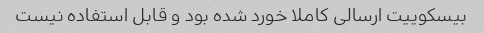
بیسکوییت ارسالی کاملا خورد شده بود و قابل استفاده نیست